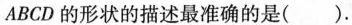
ABCD的形状的描述最准确的是( )。